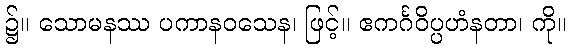
၌။ သောမနဿ ပကာနဝသေန၊ ဖြင့်။ ဧကင်္ဂဝိပ္ပဟံနတာ၊ ကို။